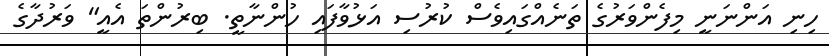
ހިނި އަންނަނީ މިފެންވަރުގެ ތަނެއްގައިވެސް ކުރުސި އަޅުވާފައި ހުންނާތީ. ބިރުންތަ އެއީ" ވަރުދާގެ